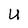
Character: U